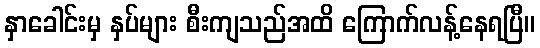
နှာခေါင်းမှ နှပ်များ စီးကျသည်အထိ ကြောက်လန့်နေရပြီ။